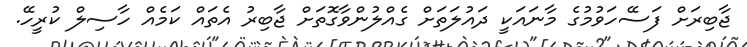
ޖާބިރަށް ފަސޭހަވުމުގެ މާނައަކީ ދައުލަތަށް ގެއްލުންވާގޮތަށް ޖާބިރު އެތައް ކަމެއް ހާސިލް ކުރީހޭ.